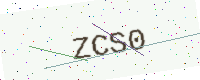
Text: ZCS0